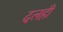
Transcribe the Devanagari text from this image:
दलही